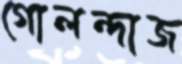
গোলন্দাজ